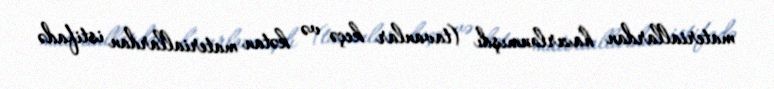
materiallardan hazırlanmışdı (tavanlar keçə və kətan materiallardan istifadə